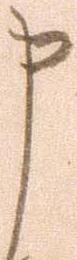
申